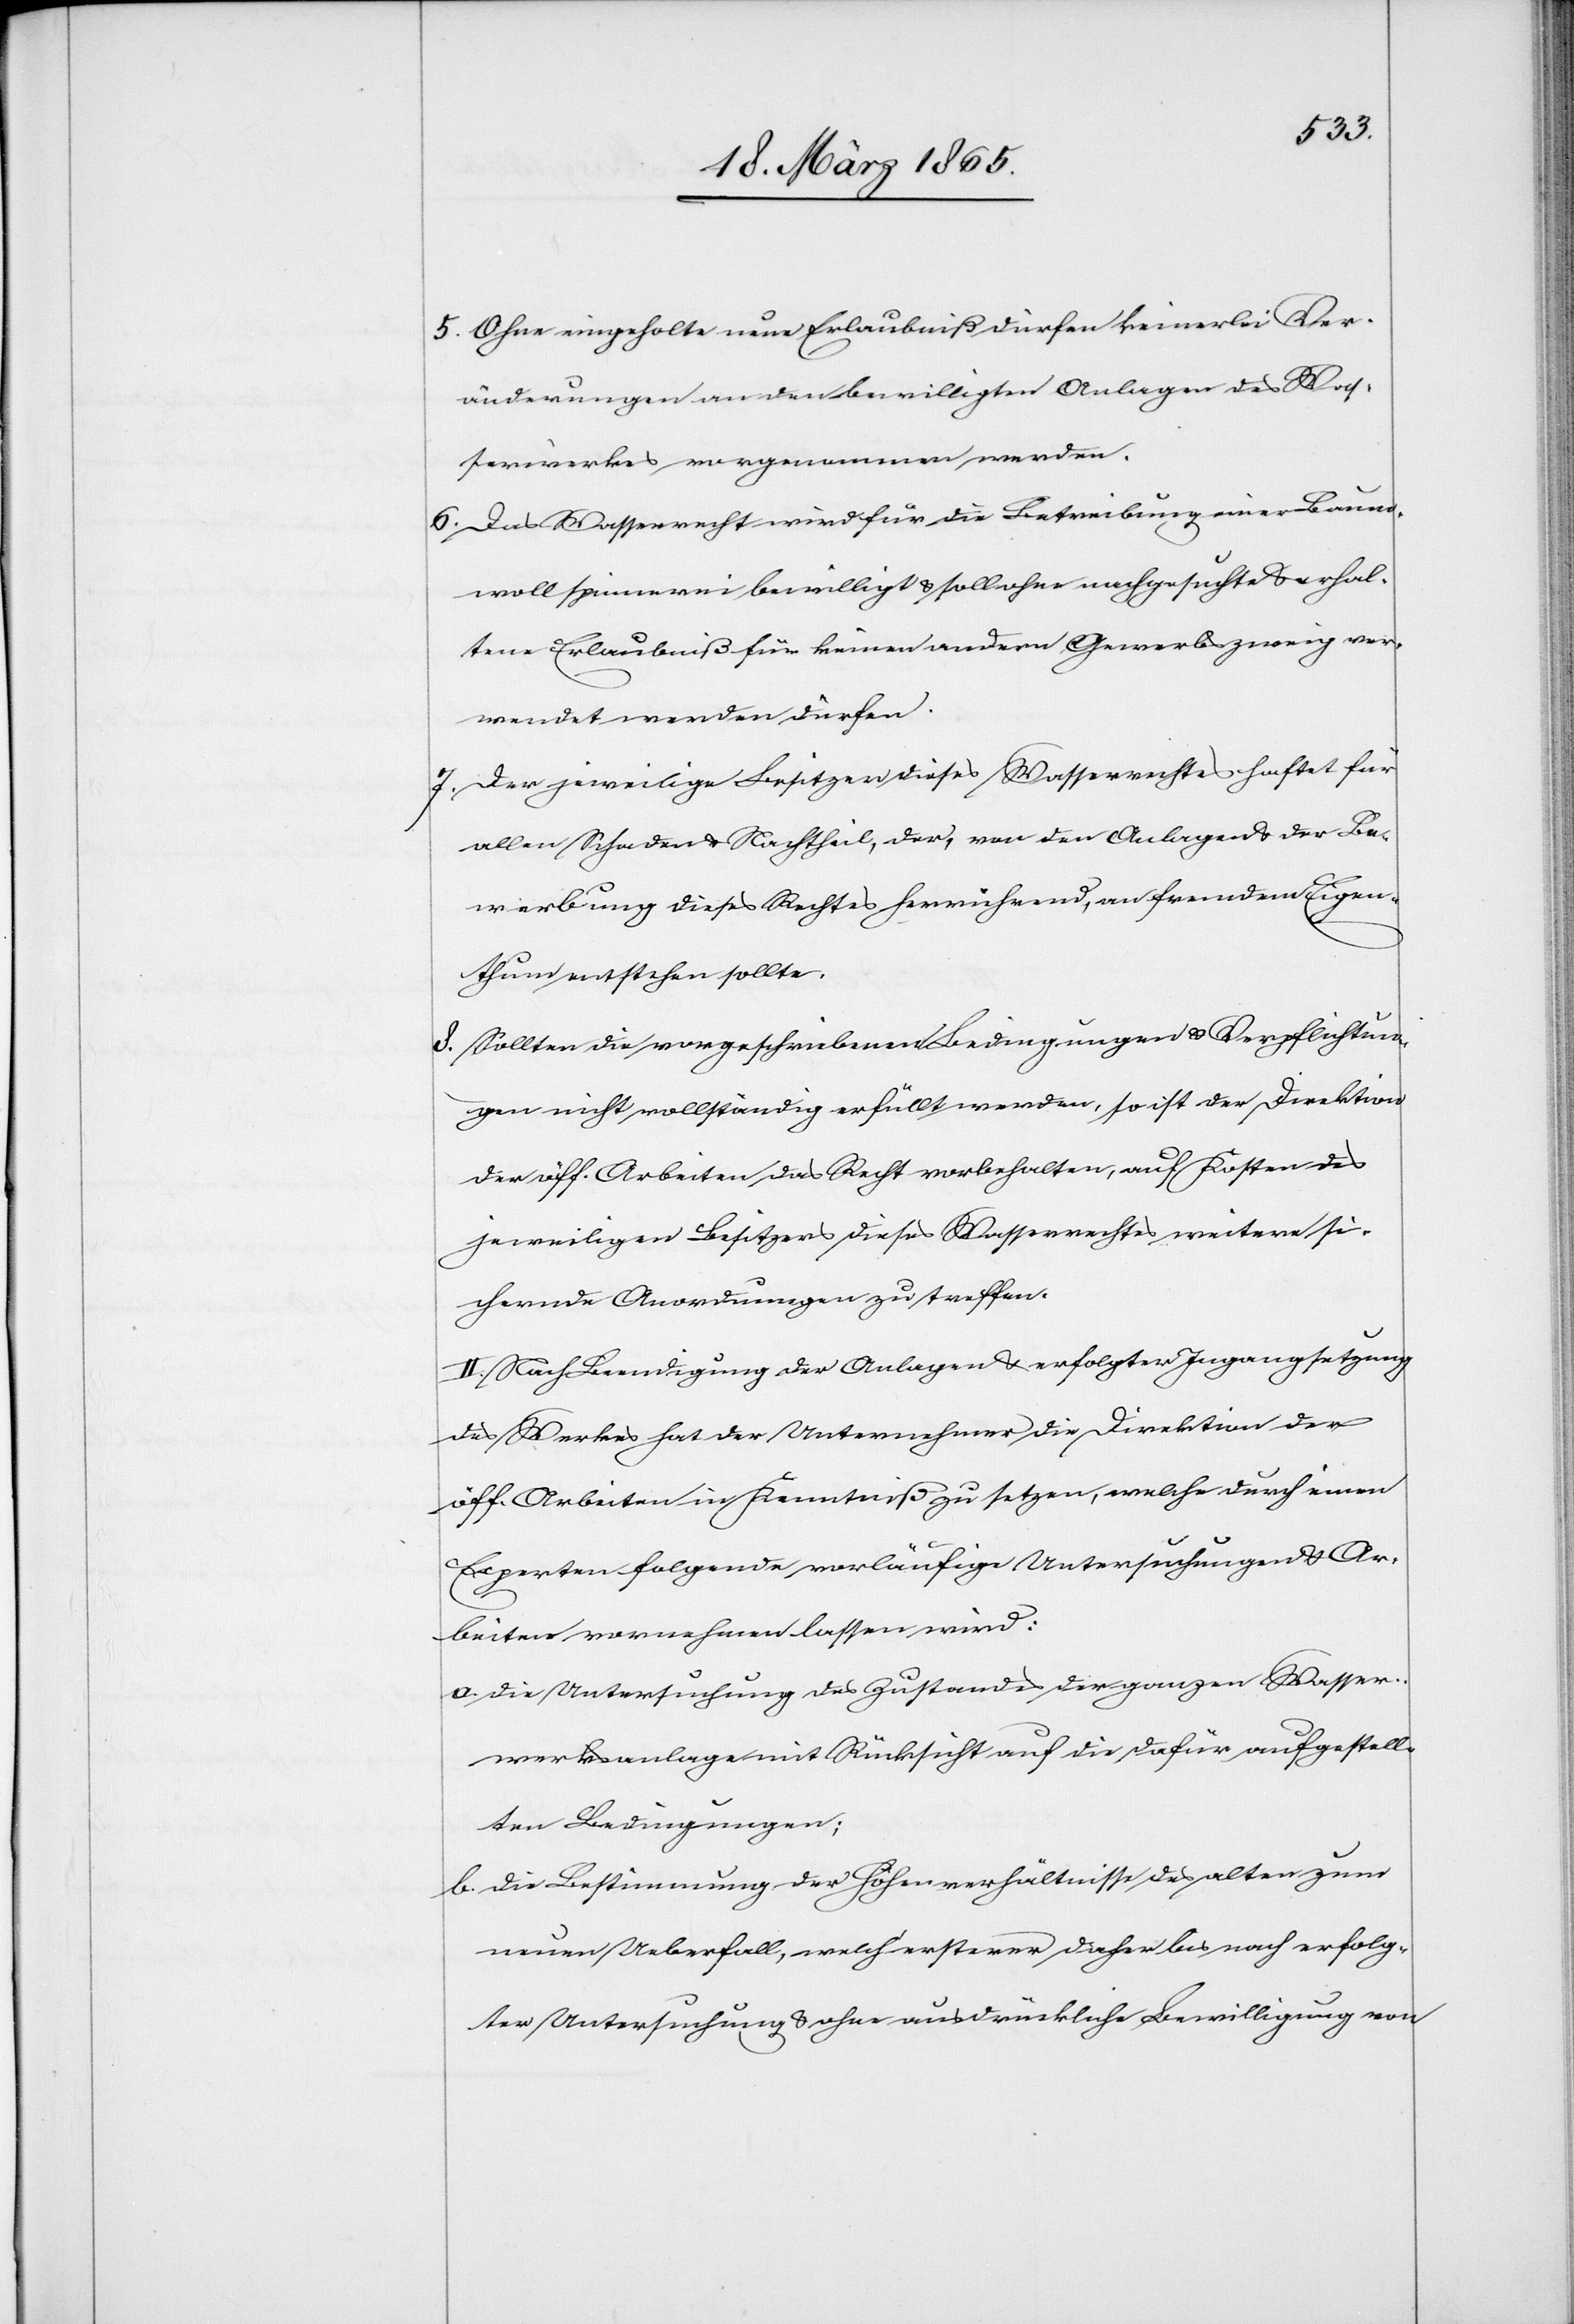
5. Ohne eingeholte neue Erlaubniß dürfen keinerlei Ver¬
änderungen an den bewilligten Anlagen des Was¬
serwerkes vorgenommen werden.
6. Das Wasserrecht wird für die Betreibung einer Baum¬
wollspinnerei bewilligt & soll ohne nachgesuchte & erhal¬
tene Erlaubniß für keinen andern Gewerbszweig ver¬
wendet werden dürfen.
7. Der jeweilige Besitzer dieses Wasserrechtes haftet für
allen Schaden & Nachtheil, der, von den Anlagen & der Be¬
werbung dieses Rechtes herrührend, an fremdem Eigen¬
thum entstehen sollte.
8. Sollten die vorgeschriebenen Bedingungen & Verpflichtun¬
gen nicht vollständig erfüllt werden, so ist der Direktion
der öff. Arbeiten das Recht vorbehalten, auf Kosten des
jeweiligen Besitzers dieses Wasserrechtes weitere si¬
chernde Anordnungen zu treffen.
II. Nach Beendigung der Anlagen & erfolgter Ingangsetzung
des Werkes hat der Unternehmer die Direktion der
öff. Arbeiten in Kenntniß zu setzen, welche durch einen
Experten folgende vorläufige Untersuchungen & Ar¬
beiten vornehmen lassen wird:
a. Die Untersuchung des Zustandes der ganzen Wasser¬
werksanlage mit Rücksicht auf die dafür aufgestell¬
ten Bedingungen;
b. Die Bestimmung der Höhenverhältnisse des alten zum
neuen Ueberfall, welch’ ersterer daher bis nach erfolg¬
ter Untersuchung & ohne ausdrückliche Bewilligung von